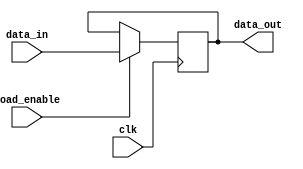
module reg_32_bit(
    output reg [31:0] data_out, 
    input [31:0] data_in,
    input load_enable, clk
);


always @(posedge clk)
    if(load_enable) data_out <= data_in;
endmodule